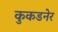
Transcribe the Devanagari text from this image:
कुकडनेर